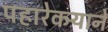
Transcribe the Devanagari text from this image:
पहारेकर्‍याने